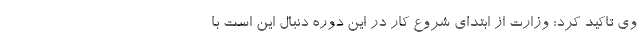
وی تاکید کرد: وزارت از ابتدای شروع کار در این دوره دنبال این است با